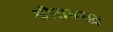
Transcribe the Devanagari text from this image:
श्रीरामचद्र